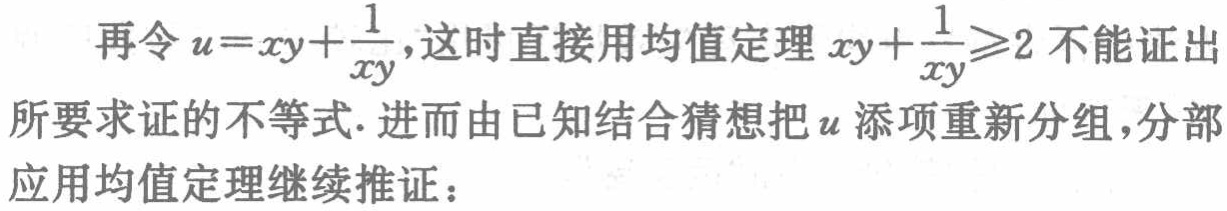
再令\(u = xy+\frac{1}{xy}\)，这时直接用均值定理\(xy+\frac{1}{xy}\geqslant2\)不能证出所要求证的不等式. 进而由已知结合猜想把\(u\)添项重新分组，分部应用均值定理继续推证：